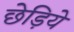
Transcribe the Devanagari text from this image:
छेड़िये